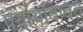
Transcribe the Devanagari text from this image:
पर्यायांबाबत